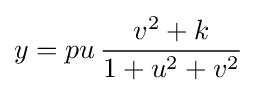
y=pu\,{\frac {v^{2}+k}{1+u^{2}+v^{2}}}\